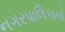
નગરપાલિકાનો